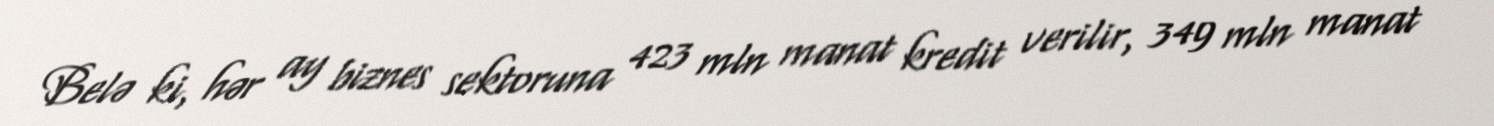
Belə ki, hər ay biznes sektoruna 423 mln manat kredit verilir, 349 mln manat